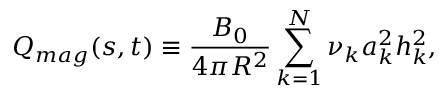
Q _ { m a g } ( s , t ) \equiv \frac { B _ { 0 } } { 4 \pi R ^ { 2 } } \sum _ { k = 1 } ^ { N } \nu _ { k } a _ { k } ^ { 2 } h _ { k } ^ { 2 } ,